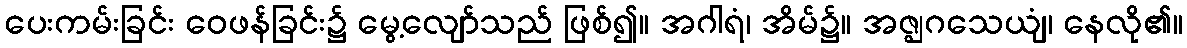
ပေးကမ်းခြင်း ဝေဖန်ခြင်း၌ မွေ့လျော်သည် ဖြစ်၍။ အဂါရံ၊ အိမ်၌။ အဇ္ဈဂသေယျံ၊ နေလို၏။